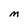
Character: M